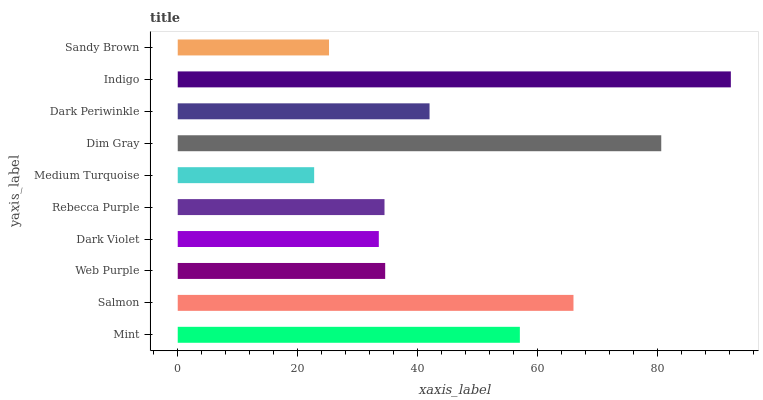
| yaxis_label | bars |
 | --- | --- |
 | Mint | 57.1 |
 | Salmon | 66 |
 | Web Purple | 34.6 |
 | Dark Violet | 33.5 |
 | Rebecca Purple | 34.5 |
 | Medium Turquoise | 22.8 |
 | Dim Gray | 80.6 |
 | Dark Periwinkle | 42 |
 | Indigo | 92.2 |
 | Sandy Brown | 25.2 |